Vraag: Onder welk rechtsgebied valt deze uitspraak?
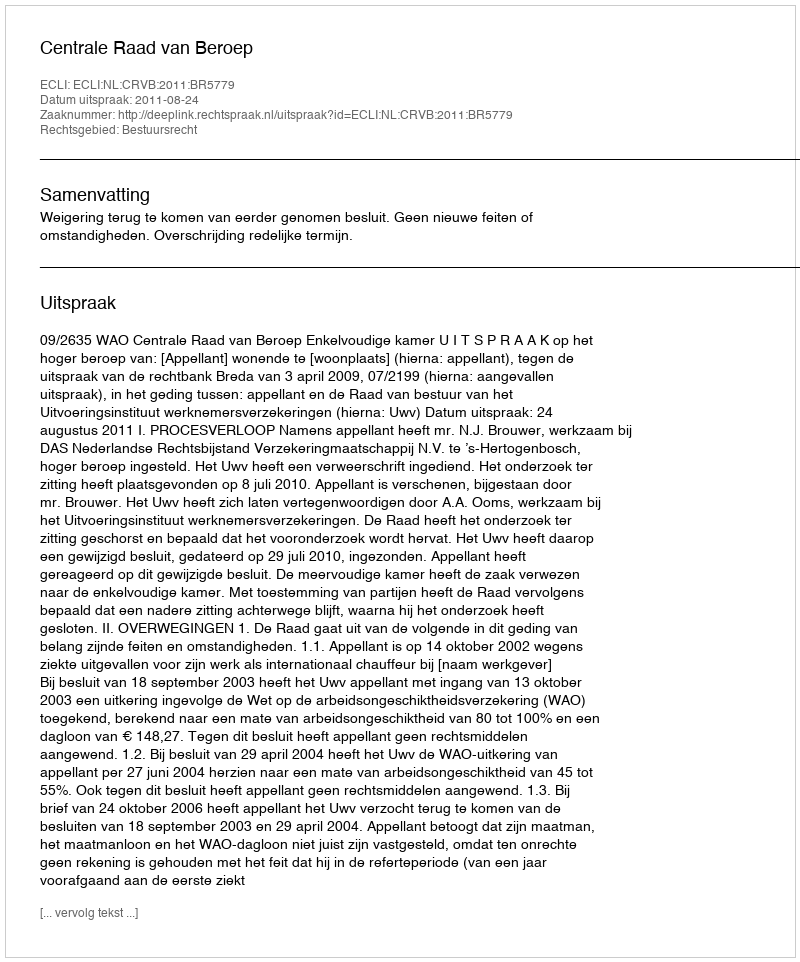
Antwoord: Bestuursrecht